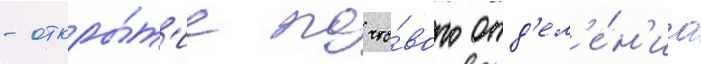
- откры́т'ие почто́вого отд'ел'е́н'иа